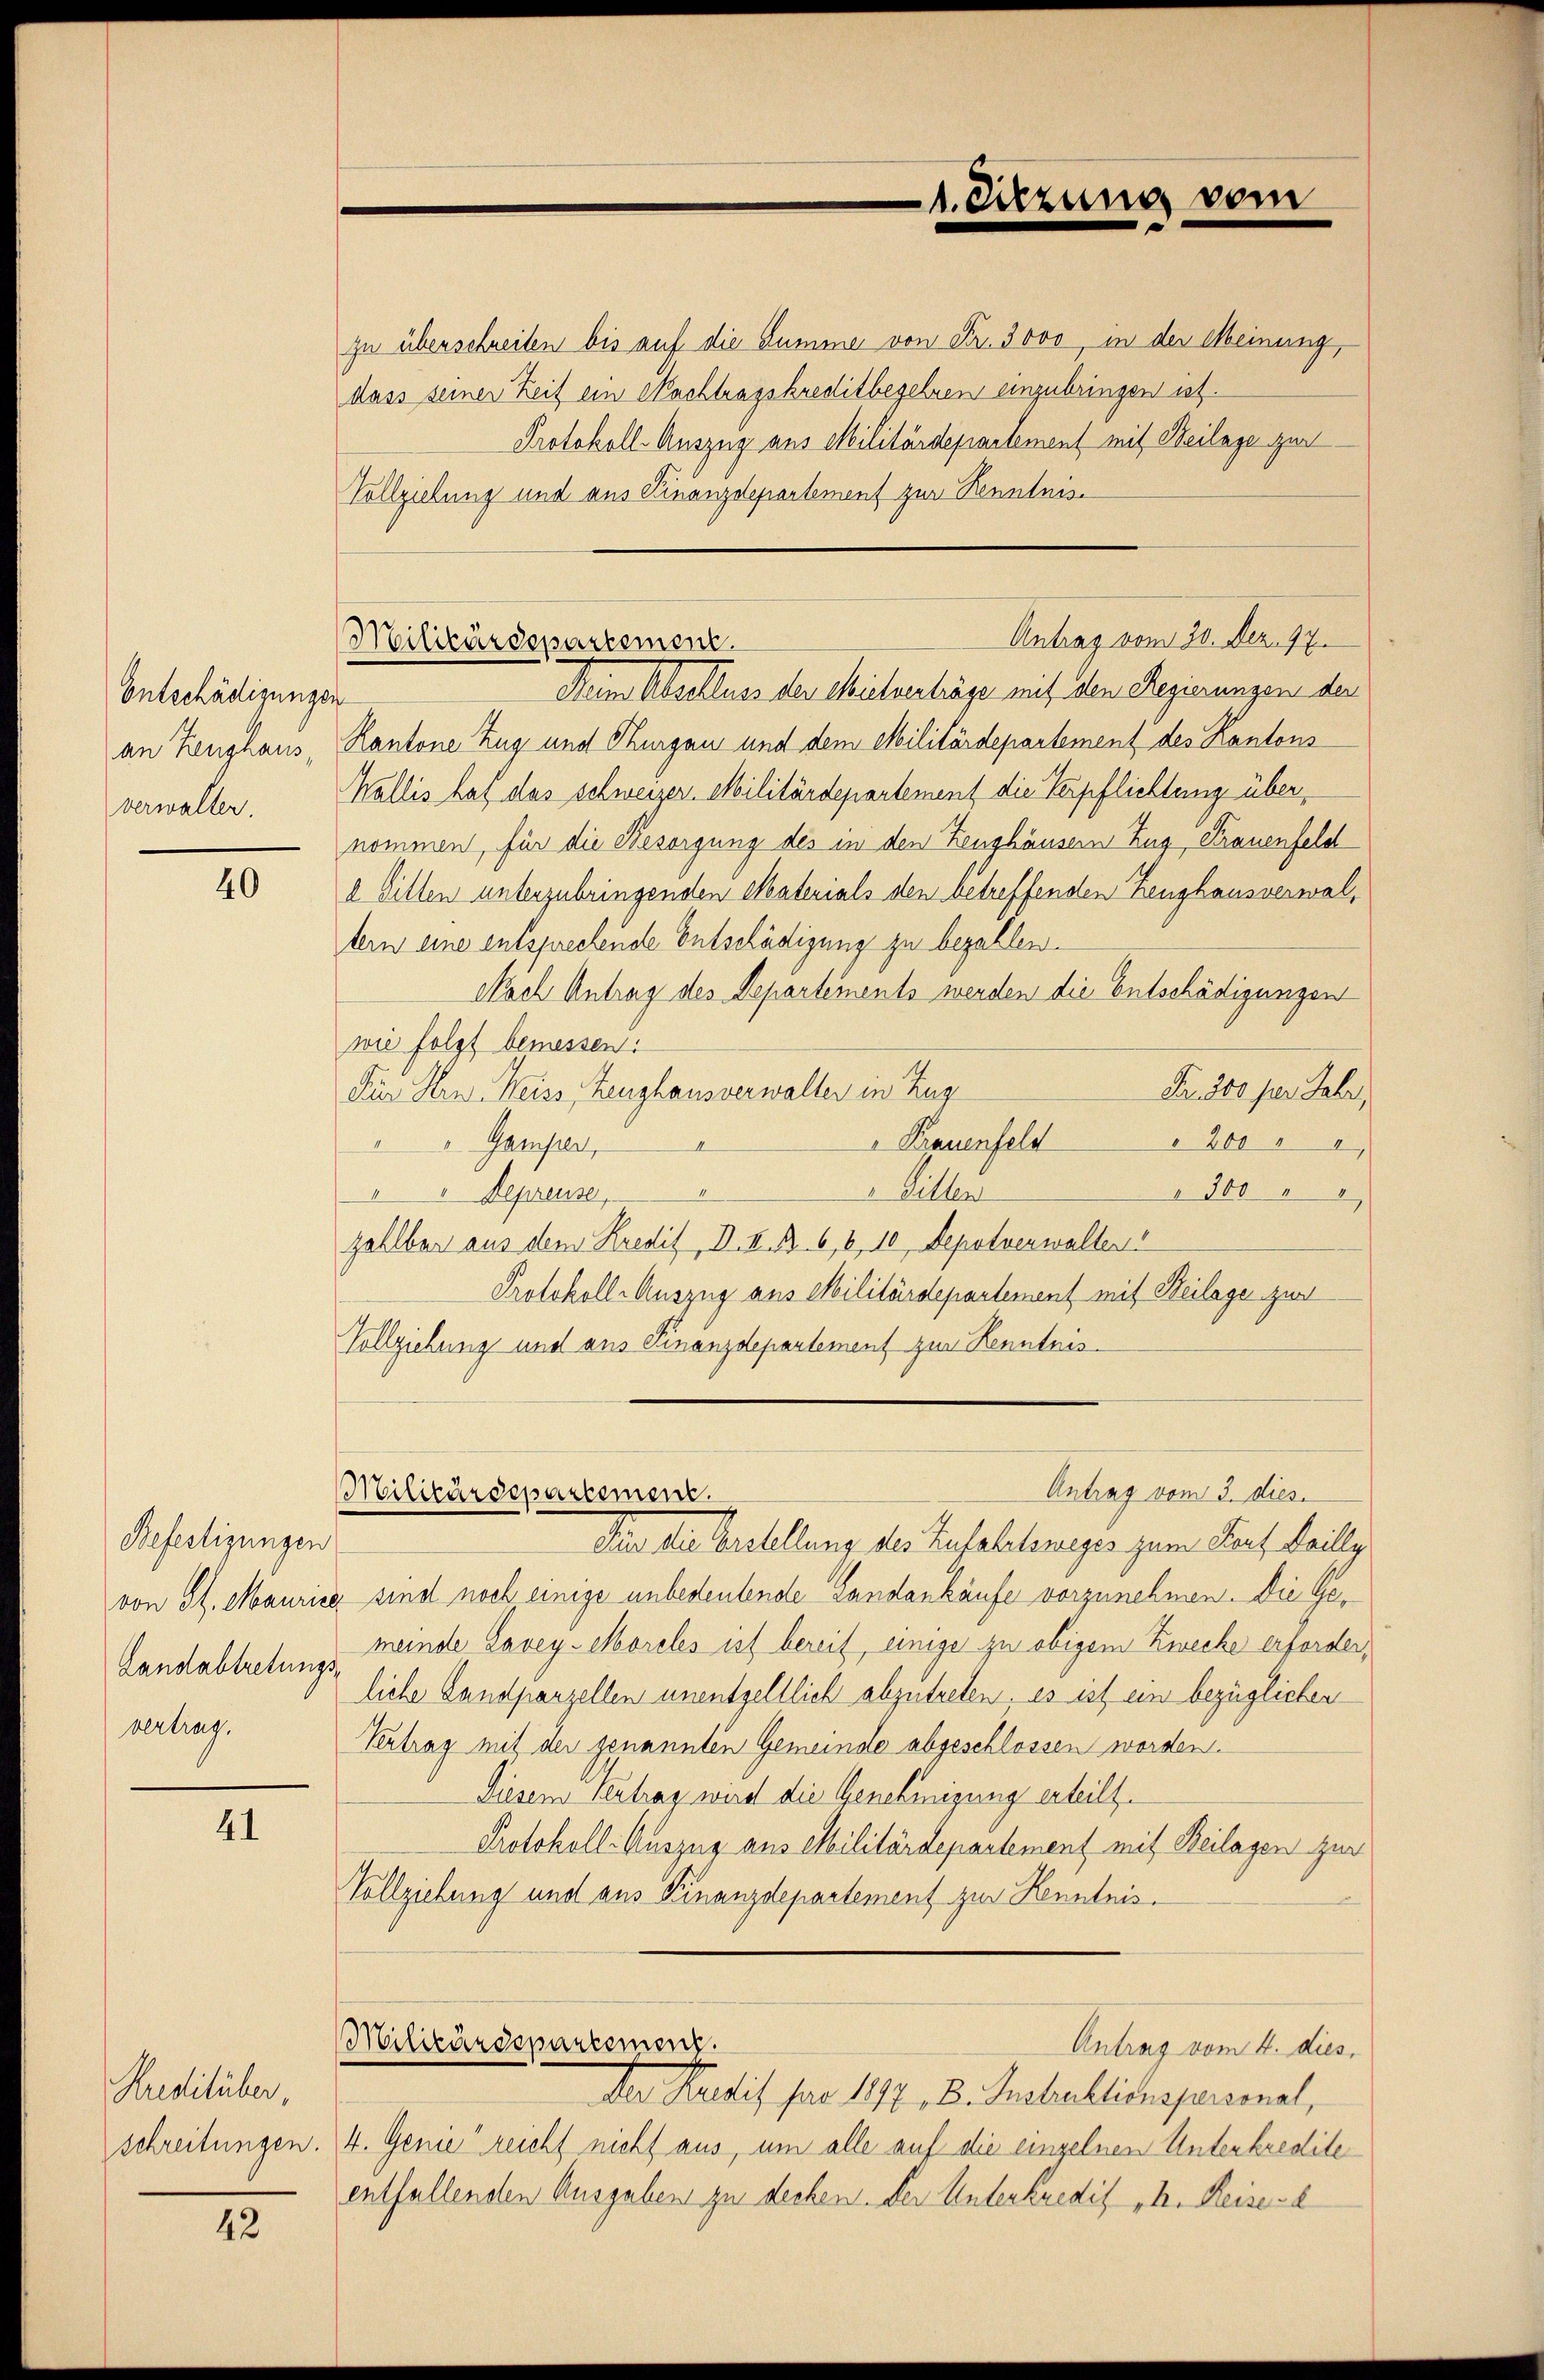
Entschädigungen
an Zeughaus,
verwalter.

40

Befestigungen
Landabtretungs-
vertrag.

41

Kreditüber,

12

zu überschreiben bis auf die Summe von Fr. 3000, in der Meinung,
dass seiner Zeit ein Nachtragskreditbegehren einzubringen ist.
Protokoll-Auszug aus Militärdepartement mit Beilage zur
Vollziehung und aus Finanzdepartement zur Kenntnis

1. Sitzung vom

Nein Abschluss der Mielverträge mit den Regierungen der
Kantone Zug und Thurgan und dem Militärdepartement des Kantons
Wallis hat das schweizer. Militärdepartement die Verpflichtung übernommen, für die Besorgung des in den Zeughäusern Zug, Frauenfeld
a Hillen unterzubringenden Materials den betreffenden Zeughausverwaltern eine entsprechende Entschädigung zu bezahlen.
Nach Antrag des Departements werden die Entschädigungen
wie folgt bemessen.
Fr. 200 per Jahr,
Für Hrn. Weiss Zeughausverwalter in Zug
" Trauenfeld
300
"Gamper,
Viller
300
" Depreuse,
zahlbar aus dem Kredit, D. XI. B. 6, 6, 10 Depotverwalten
Protokoll-Auszug aus Militärdepartement mit Beilage zur
Vollziehung und aus Finanzdepartement zur Kenntnis¬

Antrag vom 30. Dez. 97.
Militärdepartement.

Antrag vom 3. dies.
Militärdepartement.

Die der Verstellung des Zufalleneiges zum Lauf keillig
von St. Maurice sind noch einige unbedeutende Landankäufe vorzunehmen. Die Gemeinde Lavey-Moreles ist bereit, einige zu obigem Zwecke erforderliche Landparzellen unentgeltlich abzutreten. es ist ein bezüglichen
Vertrag mit der genannten Gemeinde abgeschlossen worden.
Diesem Vertrag wird die Genehmigung erteilt.
Protokoll- Auszug aus Militärdepartement mit Beilagen zur
Vollziehung und aus Finanzdepartement zur Kenntnis¬
Militärdepartement.
Antrag vom 4. dies
Der Kredit par 1877, B. Insbektionspersonal,
schreitungen. 4. Genie reicht nicht aus, um alle auf die einzelnen Unterkredite
entfallenden Ausgaben zu decken. Der Unterkredig h. Reise e